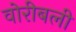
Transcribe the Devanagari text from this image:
वोरीबली